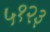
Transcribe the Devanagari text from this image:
५१२३